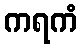
ကရကံ